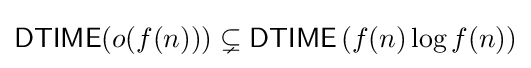
{\mathsf {DTIME}}(o(f(n)))\subsetneq {\mathsf {DTIME}}\left(f(n)\log f(n)\right)